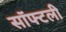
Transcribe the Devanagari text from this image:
सॉफ्टली